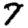
Digit: 7